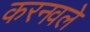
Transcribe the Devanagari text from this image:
करनवले